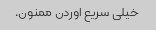
خیلی سریع اوردن ممنون.